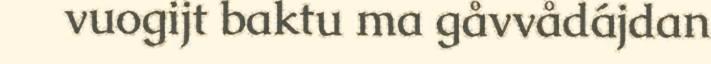
vuogijt baktu ma gåvvådájdan